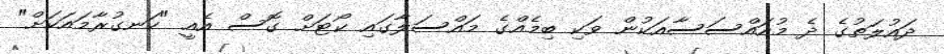
ދައުލަތުގެ ދެ މުއައްސަސާއަކުން ވަކި ބިމެއްގެ މައްސަލާގައި ކޯޓަށް ގޮސް އެއީ "ހަނގުރާމައަކަށް"